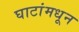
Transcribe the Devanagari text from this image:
घाटांमधून